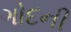
ગોદની